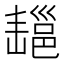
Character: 𢀄